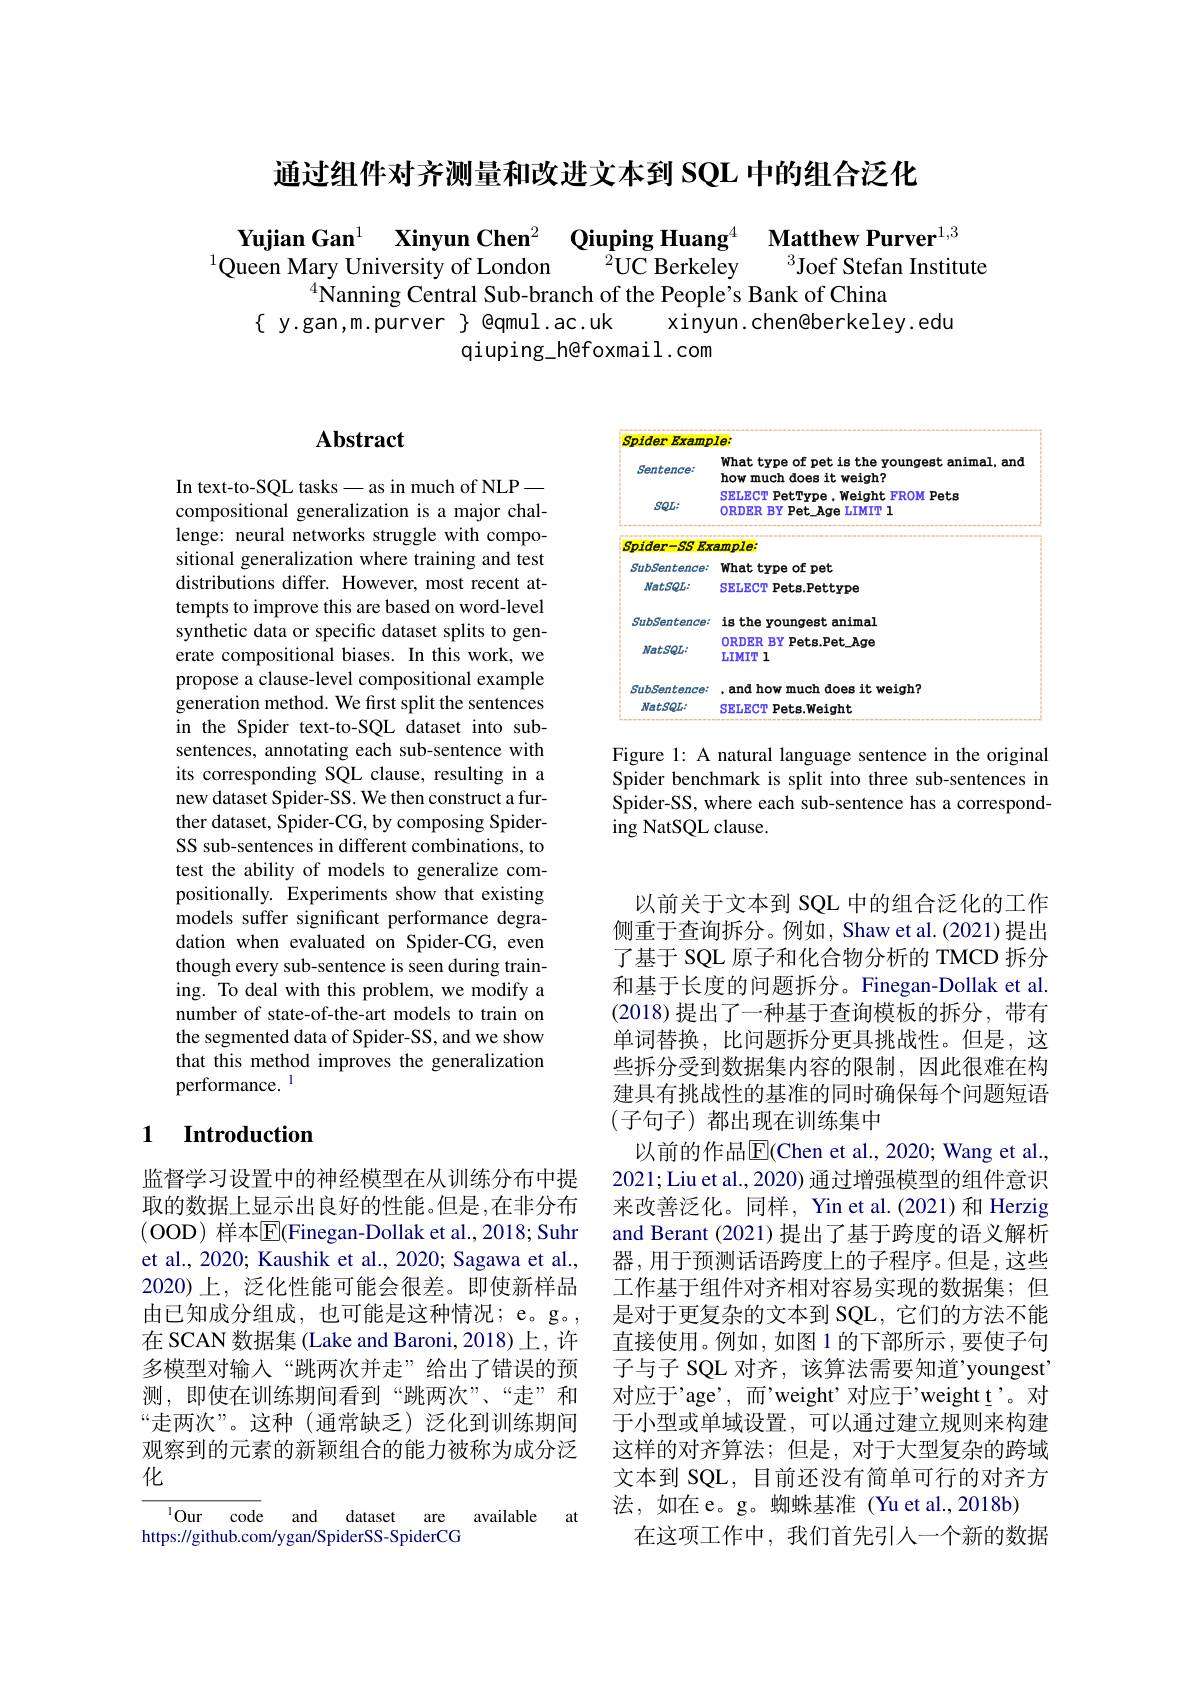
通过组件对齐测量和改进文本到 SQL 中的组合泛化

$\begin{array}{cc}\textbf{Yujian Gan}^{1}&\textbf{Xinyun Chen}^{2}&\textbf{Qiuping Huang}^{4}&\textbf{Matthew Purver}^{1,3}\\\text{Queen Mary University of London}&\end{array}$
$^{4}\dot{\text{Nanning Central Sub-branch of the People's Bank of China}}$
$\{$ y.gan,m.purver $\}$ @qmul.ac.uk
xinyun. chen@berkeley. edu
qiuping\_h@foxmail.com

<FigureHere>

Figure 1: A natural language sentence in the original Spider benchmark is split into three sub-sentences in Spider-SS, where each sub-sentence has a corresponding NatSQL clause.

## $\mathbf{Abstract}$

In text-to-SQL tasks-as in much of NLP— compositional generalization is a major challenge: neural networks struggle with compositional generalization where training and test distributions differ. However, most recent attempts to improve this are based on word-level synthetic data or specific dataset splits to generate compositional biases. In this work, we propose a clause-level compositional example generation method. We first split the sentences in the Spider text-to-SQL dataset into subsentences, annotating each sub-sentence with its corresponding SQL clause, resulting in a new dataset Spider-SS. We then construct a further dataset, Spider-CG, by composing SpiderSS sub-sentences in different combinations, to test the ability of models to generalize compositionally. Experiments show that existing models suffer significant performance degradation when evaluated on Spider-CG, even though every sub-sentence is seen during training. To deal with this problem, we modify a number of state-of-the-art models to train on the segmented data of Spider-SS, and we show that this method improves the generalization performance. 1

### 1 $\textbf{Introduction}$

监督学习设置中的神经模型在从训练分布中提取的数据上显示出良好的性能。但是，在非分布(OOD) 样本$\overline{\mathrm{E}}$(Finegan-Dollak et al., 2018; Suhr et al., 2020; Kaushik et al., 2020; Sagawa et al., 2020)上，泛化性能可能会很差。即使新样品由已知成分组成，也可能是这种情况；e。g。, 在 SCAN 数据集 (Lake and Baroni, 2018) 上，许多模型对输入“跳两次并走”给出了错误的预测，即使在训练期间看到“跳两次”、“走”和“走两次”。这种(通常缺乏)泛化到训练期间观察到的元素的新颖组合的能力被称为成分泛化

$^{1}$Our code and dataset are available at
https://github.com/ygan/SpiderSS-SpiderCG

(子句子)都出现在训练集中

以前关于文本到 SQL 中的组合泛化的工作侧重于查询拆分。例如，Shaw et al.(2021)提出了基于 SQL 原子和化合物分析的 TMCD 拆分和基于长度的问题拆分。Finegan-Dollak et al. (2018)提出了一种基于查询模板的拆分，带有单词替换，比问题拆分更具挑战性。但是，这些拆分受到数据集内容的限制，因此很难在构建具有挑战性的基准的同时确保每个问题短语
以前的作品$\boxed{\mathrm{E}}($Chen et al.,2020; Wang et al., 2021; Liu et al., 2020) 通过增强模型的组件意识来改善泛化。同样，Yin et al.(2021) 和 Herzig and Berant (2021)提出了基于跨度的语义解析器，用于预测话语跨度上的子程序。但是，这些工作基于组件对齐相对容易实现的数据集；但是对于更复杂的文本到 SQL, 它们的方法不能直接使用。例如，如图 1 的下部所示，要使子句子与子 SQL 对齐，该算法需要知道’youngest’ 对应于'age',而'weight'对应于'weight t'。对于小型或单域设置，可以通过建立规则来构建这样的对齐算法；但是，对于大型复杂的跨域文本到 SQL, 目前还没有简单可行的对齐方法，如在e。g。蜘蛛基准(Yu et al.,2018b)
在这项工作中，我们首先引人一个新的数据